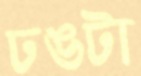
ঢঙটা